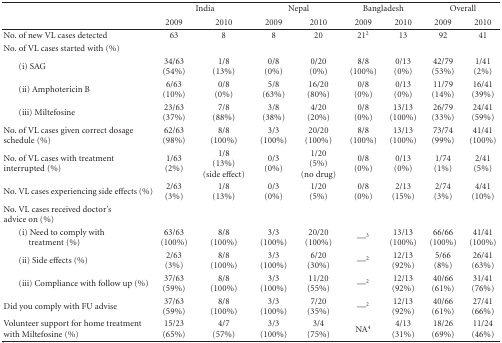
<table><thead><tr><td></td><td colspan="2"><b>India</b></td><td colspan="2"><b>Nepal</b></td><td colspan="2"><b>Bangladesh</b></td><td colspan="2"><b>Overall</b></td></tr><tr><td></td><td><b>2009</b></td><td><b>2010</b></td><td><b>2009</b></td><td><b>2010</b></td><td><b>2009</b></td><td><b>2010</b></td><td><b>2009</b></td><td><b>2010</b></td></tr></thead><tbody><tr><td>No. of new VL cases detected</td><td>63</td><td>8</td><td>8</td><td>20</td><td>21<sup>2</sup></td><td>13</td><td>92</td><td>41</td></tr><tr><td>No. of VL cases started with (%)</td><td></td><td></td><td></td><td></td><td></td><td></td><td></td><td></td></tr><tr><td>(i) SAG</td><td>34/63 (54%)</td><td>1/8 (13%)</td><td>0/8 (0%)</td><td>0/20 (0%)</td><td>8/8 (100%)</td><td>0/13 (0%)</td><td>42/79 (53%)</td><td>1/41 (2%)</td></tr><tr><td>(ii) Amphotericin B</td><td>6/63(10%)</td><td>0/8 (0%)</td><td>5/8 (63%)</td><td>16/20 (80%)</td><td>0/8 (0%)</td><td>0/13 (0%)</td><td>11/79 (14%)</td><td>16/41 (39%)</td></tr><tr><td>(iii) Miltefosine</td><td>23/63(37%)</td><td>7/8(88%)</td><td>3/8 (38%)</td><td>4/20 (20%)</td><td>0/8 (0%)</td><td>13/13 (100%)</td><td>26/79 (33%)</td><td>24/41 (59%)</td></tr><tr><td>No. of VL cases given correct dosage schedule (%)</td><td>62/63 (98%)</td><td>8/8 (100%)</td><td>3/3 (100%)</td><td>20/20 (100%)</td><td>8/8 (100%)</td><td>13/13 (100%)</td><td>73/74 (99%)</td><td>41/41 (100%)</td></tr><tr><td>No. of VL cases with treatment interrupted (%)</td><td>1/63(2%)</td><td>1/8 (13%) (side effect)</td><td>0/3 (0%)</td><td>1/20 (5%) (no drug)</td><td>0/8 (0%)</td><td>0/13 (0%)</td><td>1/74 (1%)</td><td>2/41 (5%)</td></tr><tr><td>No. VL cases experiencing side effects (%)</td><td>2/63 (3%)</td><td>1/8 (13%)</td><td>0/3 (0%)</td><td>1/20 (5%)</td><td>0/8 (0%)</td><td>2/13 (15%)</td><td>2/74 (3%)</td><td>4/41 (10%)</td></tr><tr><td>No. VL cases received doctor&#x27;s advice on (%)</td><td></td><td></td><td></td><td></td><td></td><td></td><td></td><td></td></tr><tr><td>(i) Need to comply with treatment (%)</td><td>63/63 (100%)</td><td>8/8 (100%)</td><td>3/3 (100%)</td><td>20/20 (100%)</td><td>—<sup>3</sup></td><td>13/13 (100%)</td><td>66/66 (100%)</td><td>41/41 (100%)</td></tr><tr><td>(ii) Side effects (%)</td><td>2/63 (3%)</td><td>8/8 (100%)</td><td>3/3 (100%)</td><td>6/20 (30%)</td><td>—<sup>2</sup></td><td>12/13 (92%)</td><td>5/66 (8%)</td><td>26/41 (63%)</td></tr><tr><td>(iii) Compliance with follow up (%)</td><td>37/63 (59%)</td><td>8/8 (100%)</td><td>3/3 (100%)</td><td>11/20 (55%)</td><td>—<sup>2</sup></td><td>12/13(92%)</td><td>40/66 (61%)</td><td>31/41 (76%)</td></tr><tr><td>Did you comply with FU advise</td><td>37/63 (59%)</td><td>8/8 (100%)</td><td>3/3 (100%)</td><td>7/20 (35%)</td><td>—<sup>2</sup></td><td>12/13 (92%)</td><td>40/66 (61%)</td><td>27/41 (66%)</td></tr><tr><td>Volunteer support for home treatment with Miltefosine (%)</td><td>15/23 (65%)</td><td>4/7 (57%)</td><td>3/3 (100%)</td><td>3/4 (75%)</td><td>NA<sup>4</sup></td><td>4/13(31%)</td><td>18/26 (69%)</td><td>11/24 (46%)</td></tr></tbody></table>